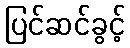
ပြင်ဆင်ခွင့်